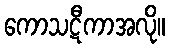
ကောသဋီကာအလို။